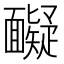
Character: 𩉏